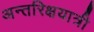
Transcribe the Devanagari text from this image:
अन्तरिक्षयात्री